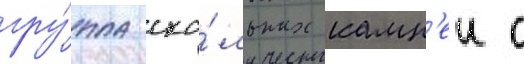
гру́ппа ска́льных камн'еи с